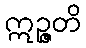
ဣဉ္ဇတိ